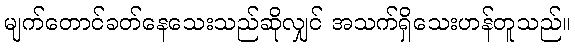
မျက်တောင်ခတ်နေသေးသည်ဆိုလျှင် အသက်ရှိသေးဟန်တူသည်။